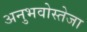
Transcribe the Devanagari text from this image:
अनुभवोस्तेजा